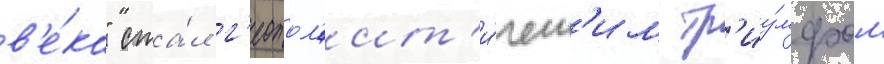
в'е́ка" ста́л г'еопол'ит'и́ческ'им тр'иу́мфом